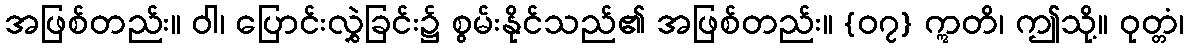
အဖြစ်တည်း။ ဝါ၊ ပြောင်းလွှဲခြင်း၌ စွမ်းနိုင်သည်၏ အဖြစ်တည်း။ {၀၇} ဣတိ၊ ဤသို့။ ဝုတ္တံ၊